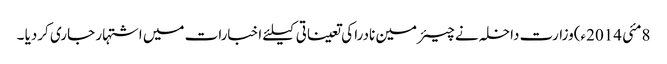
8مئی 2014ء)وزارت داخلہ نے چیئرمین نادرا کی تعیناتی کیلئے اخبارات میں اشتہار جاری کردیا ۔